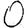
Digit: 0